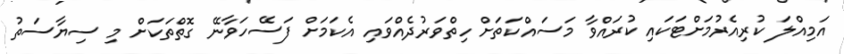
އަމިއްލަ ކުރިއެރުމަށްޓަކައި ކުރައްވާ މަސައްކަތަށް ހިތްވަރުދެއްވައި އެކަމަށް ފަސޭހަވާނޭ ގޮތްތަކަށް މި ސިޔާސަތު